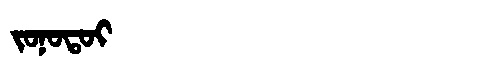
Manchu: ᠵᠣᠨᠣᡨᠣᡳ
Romanization: JONOTOI